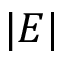
| E |